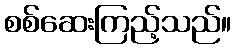
စစ်ဆေးကြည့်သည်။